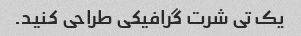
یک تی شرت گرافیکی طراحی کنید.